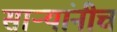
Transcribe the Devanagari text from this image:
सार्‍यांनीच